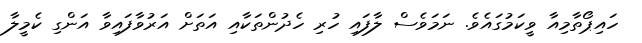
ހައިޕޯތާމިއާ ވީކަމުގައެވެ. ނަމަވެސް ލާފައި ހުރި ހެދުންތަކާއި އަތަށް އަރުވާފައިވާ އަންގި ކެމީލާ